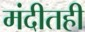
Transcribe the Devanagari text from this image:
मंदीतही